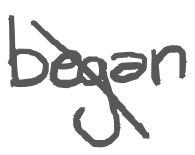
Text: began
Cross-out: diagonal
Writing tool: digital_gray